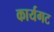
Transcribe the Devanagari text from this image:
कार्यगट